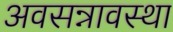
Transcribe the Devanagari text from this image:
अवसन्नावस्था